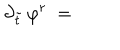
LaTeX: \partial _ { \tilde { t } } \, \varphi ^ { r } \; = \;